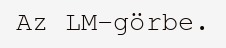
Az LM-görbe.